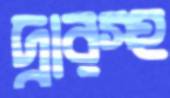
দ্বারস্হ